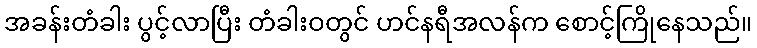
အခန်းတံခါး ပွင့်လာပြီး တံခါးဝတွင် ဟင်နရီအလန်က စောင့်ကြိုနေသည်။